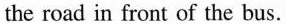
the road in front of the bus.